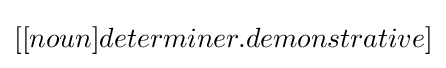
[[noun]determiner.demonstrative]